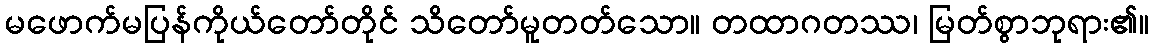
မဖောက်မပြန်ကိုယ်တော်တိုင် သိတော်မူတတ်သော။ တထာဂတဿ၊ မြတ်စွာဘုရား၏။